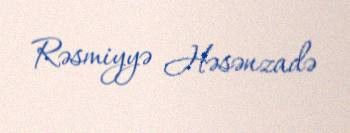
Rəsmiyyə Həsənzadə